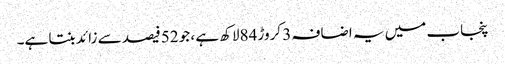
پنجاب میں یہ اضافہ 3 کروڑ 84لاکھ ہے ، جو 52فیصد سے زائد بنتا ہے۔